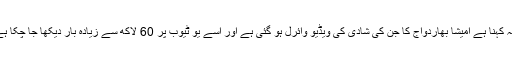
' یہ کہنا ہے امیشا بھاردواج کا جن کی شادی کی ویڈیو وائرل ہو گئی ہے اور اسے یو ٹیوب پر 60 لاکھ سے زیادہ بار دیکھا جا چکا ہے۔